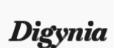
Digynia